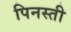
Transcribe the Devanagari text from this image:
पिनस्ती